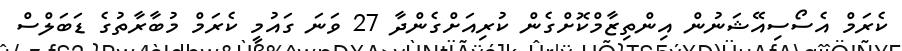
ކެރަމް އެސޯސިއޭޝަނުން އިންތިޒާމްކޮށްގެން ކުރިއަށްގެންދާ 27 ވަނަ ގައުމީ ކެރަމް މުބާރާތުގެ ޑަބަލްސް